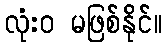
လုံးဝ မဖြစ်နိုင်။